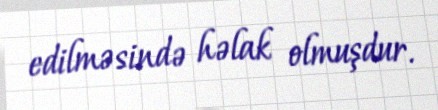
edilməsində həlak olmuşdur.